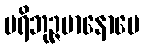
ပရိဘုဉ္ဇမာနောပေ